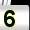
Digit: 5